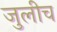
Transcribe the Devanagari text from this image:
जुलीच